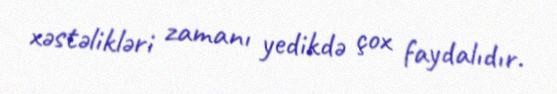
xəstəlikləri zamanı yedikdə çox faydalıdır.